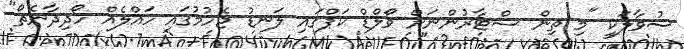
ސުވާލަކީ "މި ތިން ސްޓާރުންނަށް ވޯލްޑް ކަޕްގައި ލަނޑު ޖެހުމުގައި ހައްލެއް ހޯދިދާނެތޯ"